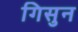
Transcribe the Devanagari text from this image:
गिसुन